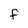
Character: F